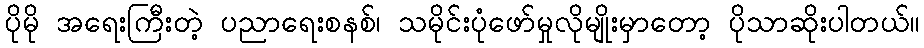
ပိုမို အရေးကြီးတဲ့ ပညာရေးစနစ်၊ သမိုင်းပုံဖော်မှုလိုမျိုးမှာတော့ ပိုသာဆိုးပါတယ်။